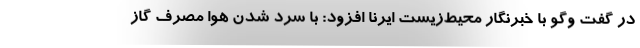
در گفت وگو با خبرنگار محیط‌زیست ایرنا افزود: با سرد شدن هوا مصرف گاز